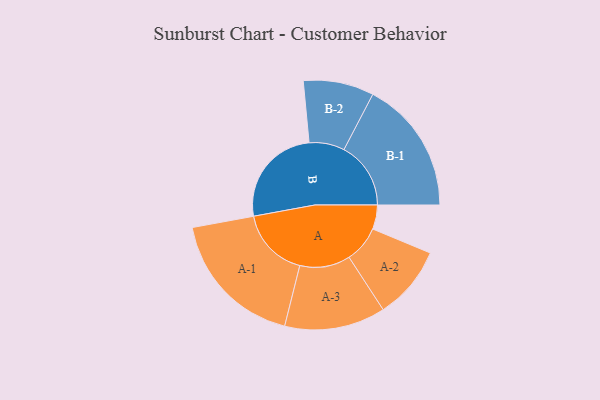
{"axis": {"x": "Segment", "y": "Value"}, "legend": ["", "A", "B"], "data": [{"x": "A", "y": 102, "type": ""}, {"x": "B", "y": 429, "type": ""}, {"x": "A-1", "y": 296, "type": "A"}, {"x": "A-2", "y": 155, "type": "A"}, {"x": "A-3", "y": 213, "type": "A"}, {"x": "B-1", "y": 282, "type": "B"}, {"x": "B-2", "y": 149, "type": "B"}]}